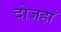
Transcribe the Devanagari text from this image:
दोजहाँ